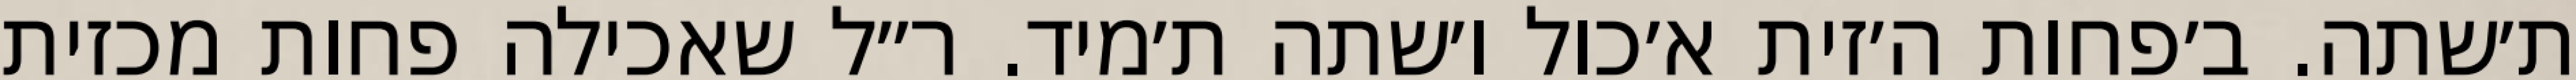
ת׳שתה. ב׳פחות ה׳זית א׳כול ו׳שתה ת׳מיד. ר״ל שאכילה פחות מכזית